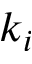
k _ { i }